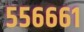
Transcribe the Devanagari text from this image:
५५६६६१